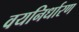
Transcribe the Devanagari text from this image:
वयनिर्धारण